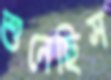
শুনেছিস